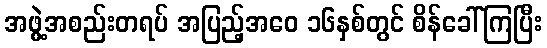
အဖွဲ့အစည်းတရပ် အပြည့်အဝေ ၁၆နှစ်တွင် စိန်ခေါ်ကြပြီး